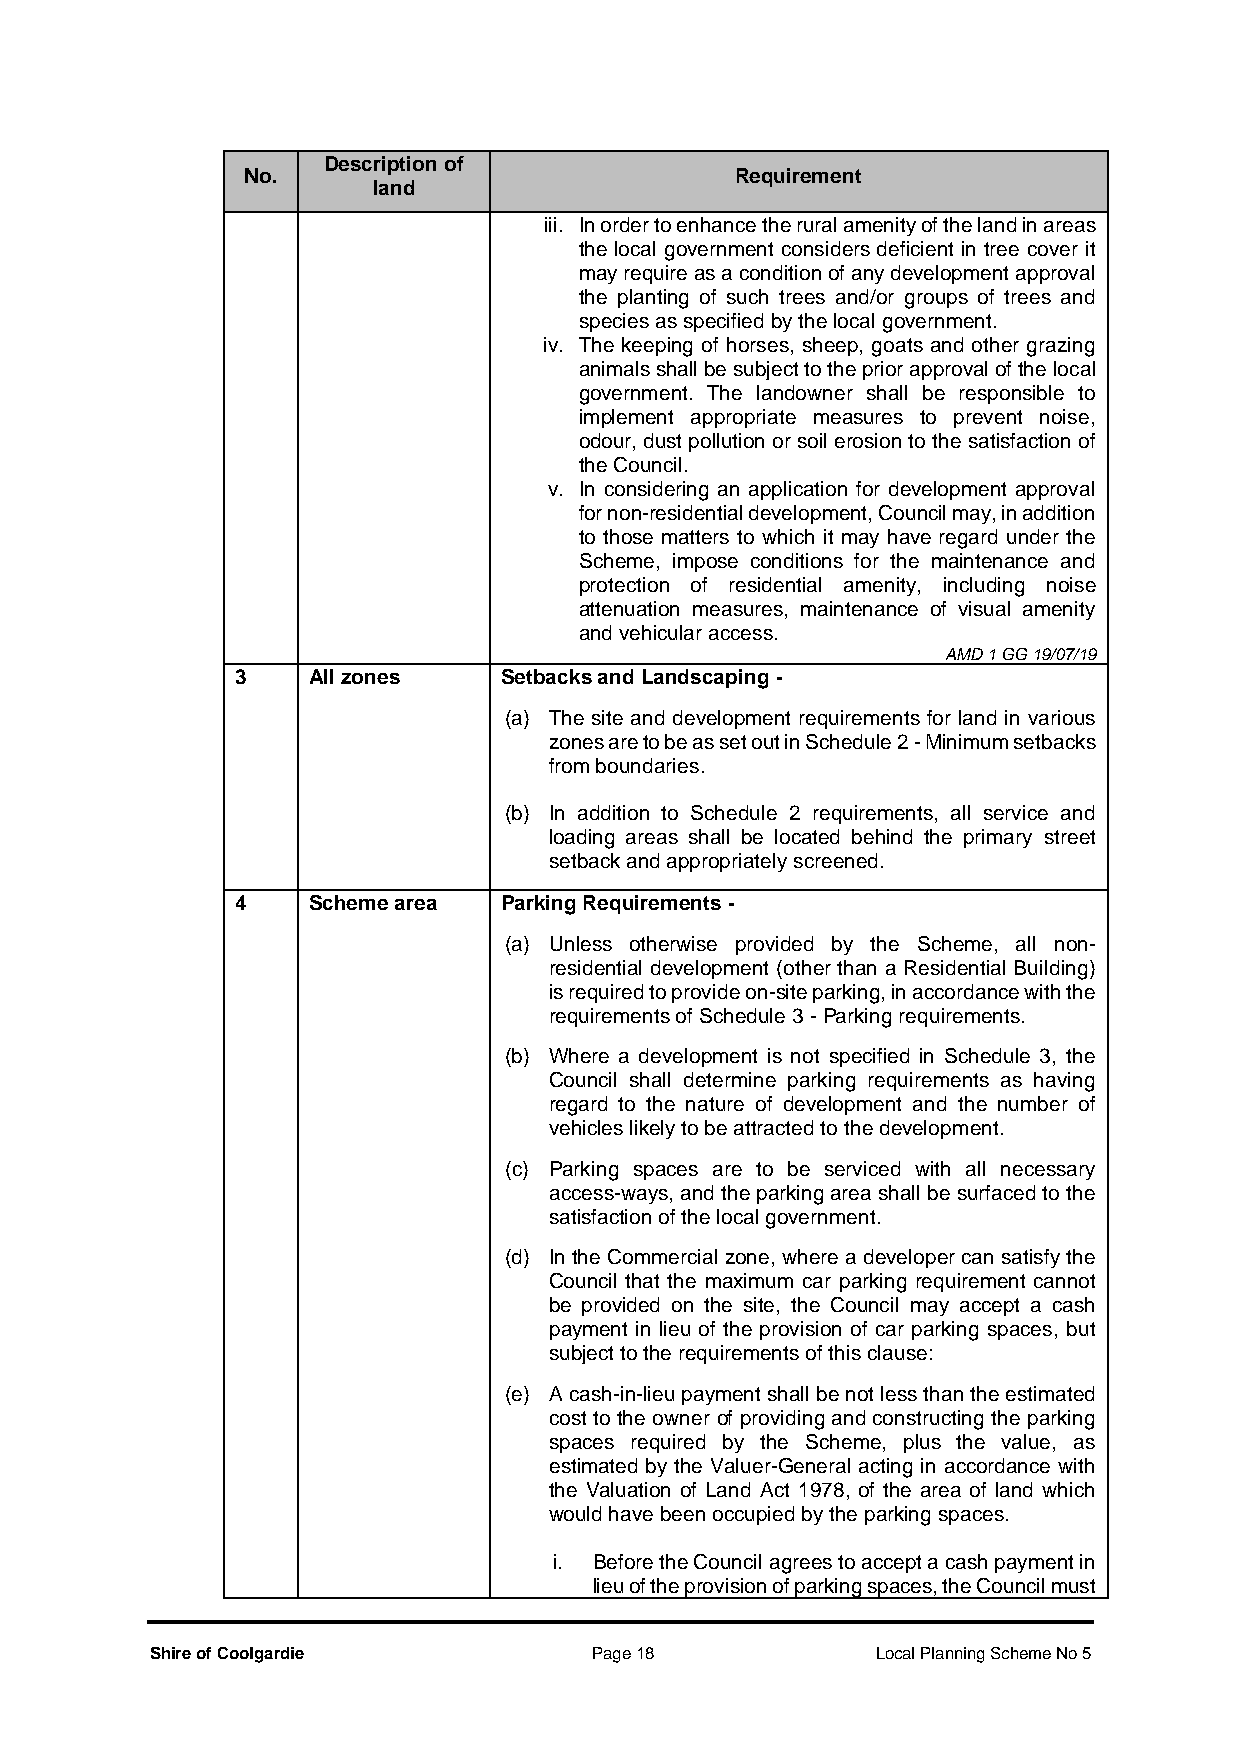
Description of
 No.                              Requirement
 land
 iii. In order to enhance the rural amenity of the land in areas
 the local government considers deficient in tree cover it
 may require as a condition of any development approval
 the planting of such trees and/or groups of trees and
 species as specified by the local government.
 iv. The keeping of horses, sheep, goats and other grazing
 animals shall be subject to the prior approval of the local
 government. The landowner shall be responsible to
 implement appropriate measures to prevent noise,
 odour, dust pollution or soil erosion to the satisfaction of
 the Council.
 v. In considering an application for development approval
 for non-residential development, Council may, in addition
 to those matters to which it may have regard under the
 Scheme, impose conditions for the maintenance and
 protection of residential amenity, including noise
 attenuation measures, maintenance of visual amenity
 and vehicular access.
 AMD 1 GG 19/07/19
 3   All zones    Setbacks and Landscaping -
 (a) The site and development requirements for land in various
 zones are to be as set out in Schedule 2 - Minimum setbacks
 from boundaries.
 (b) In addition to Schedule 2 requirements, all service and
 loading areas shall be located behind the primary street
 setback and appropriately screened.
 4   Scheme area  Parking Requirements -
 (a) Unless otherwise provided by the Scheme, all non-
 residential development (other than a Residential Building)
 is required to provide on-site parking, in accordance with the
 requirements of Schedule 3 - Parking requirements.
 (b) Where a development is not specified in Schedule 3, the
 Council shall determine parking requirements as having
 regard to the nature of development and the number of
 vehicles likely to be attracted to the development.
 (c) Parking spaces are to be serviced with all necessary
 access-ways, and the parking area shall be surfaced to the
 satisfaction of the local government.
 (d) In the Commercial zone, where a developer can satisfy the
 Council that the maximum car parking requirement cannot
 be provided on the site, the Council may accept a cash
 payment in lieu of the provision of car parking spaces, but
 subject to the requirements of this clause:
 (e) A cash-in-lieu payment shall be not less than the estimated
 cost to the owner of providing and constructing the parking
 spaces required by the Scheme, plus the value, as
 estimated by the Valuer-General acting in accordance with
 the Valuation of Land Act 1978, of the area of land which
 would have been occupied by the parking spaces.
 i. Before the Council agrees to accept a cash payment in
 lieu of the provision of parking spaces, the Council must
 Shire of Coolgardie          Page 18            Local Planning Scheme No 5